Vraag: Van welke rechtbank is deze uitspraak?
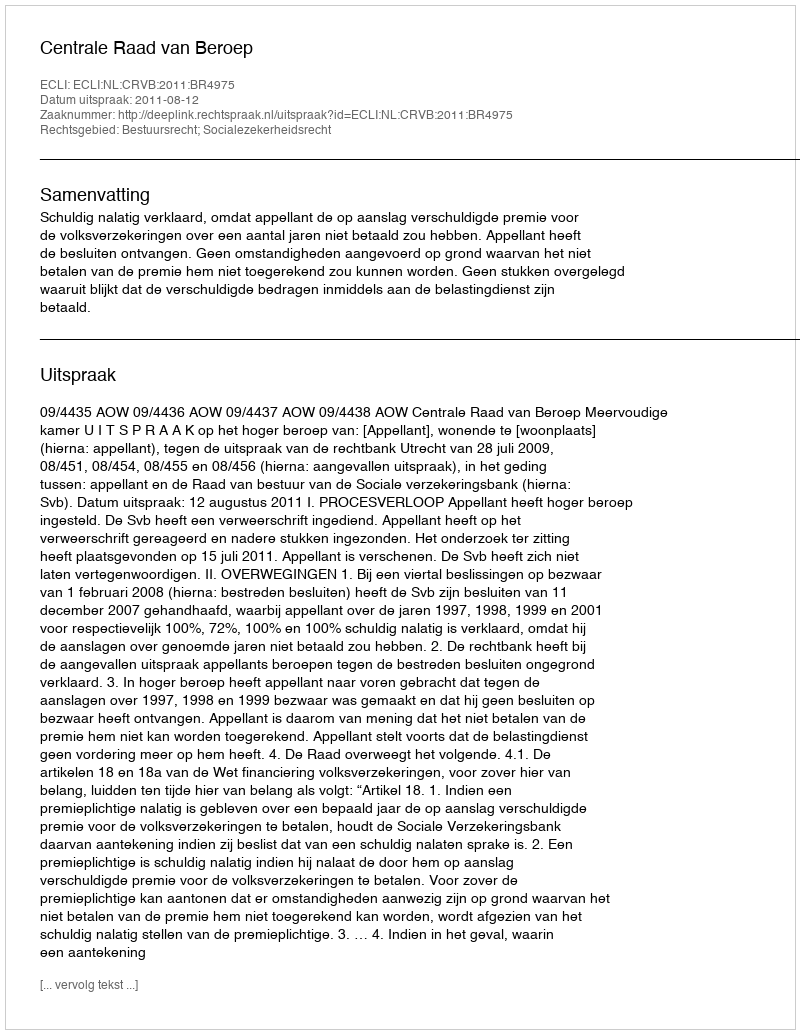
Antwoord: Centrale Raad van Beroep